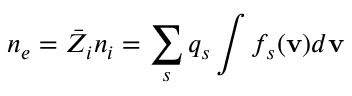
n _ { e } = \bar { Z } _ { i } n _ { i } = \sum _ { s } q _ { s } \int f _ { s } ( { \bf { v } } ) d { \bf { v } }